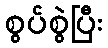
စွပ်စွဲပြီး